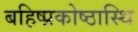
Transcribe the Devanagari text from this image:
बहिष्प्रकोष्ठास्थि